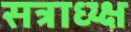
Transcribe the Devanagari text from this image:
सत्राध्य्क्ष